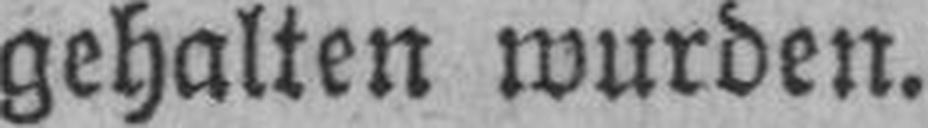
gehalten wurden.